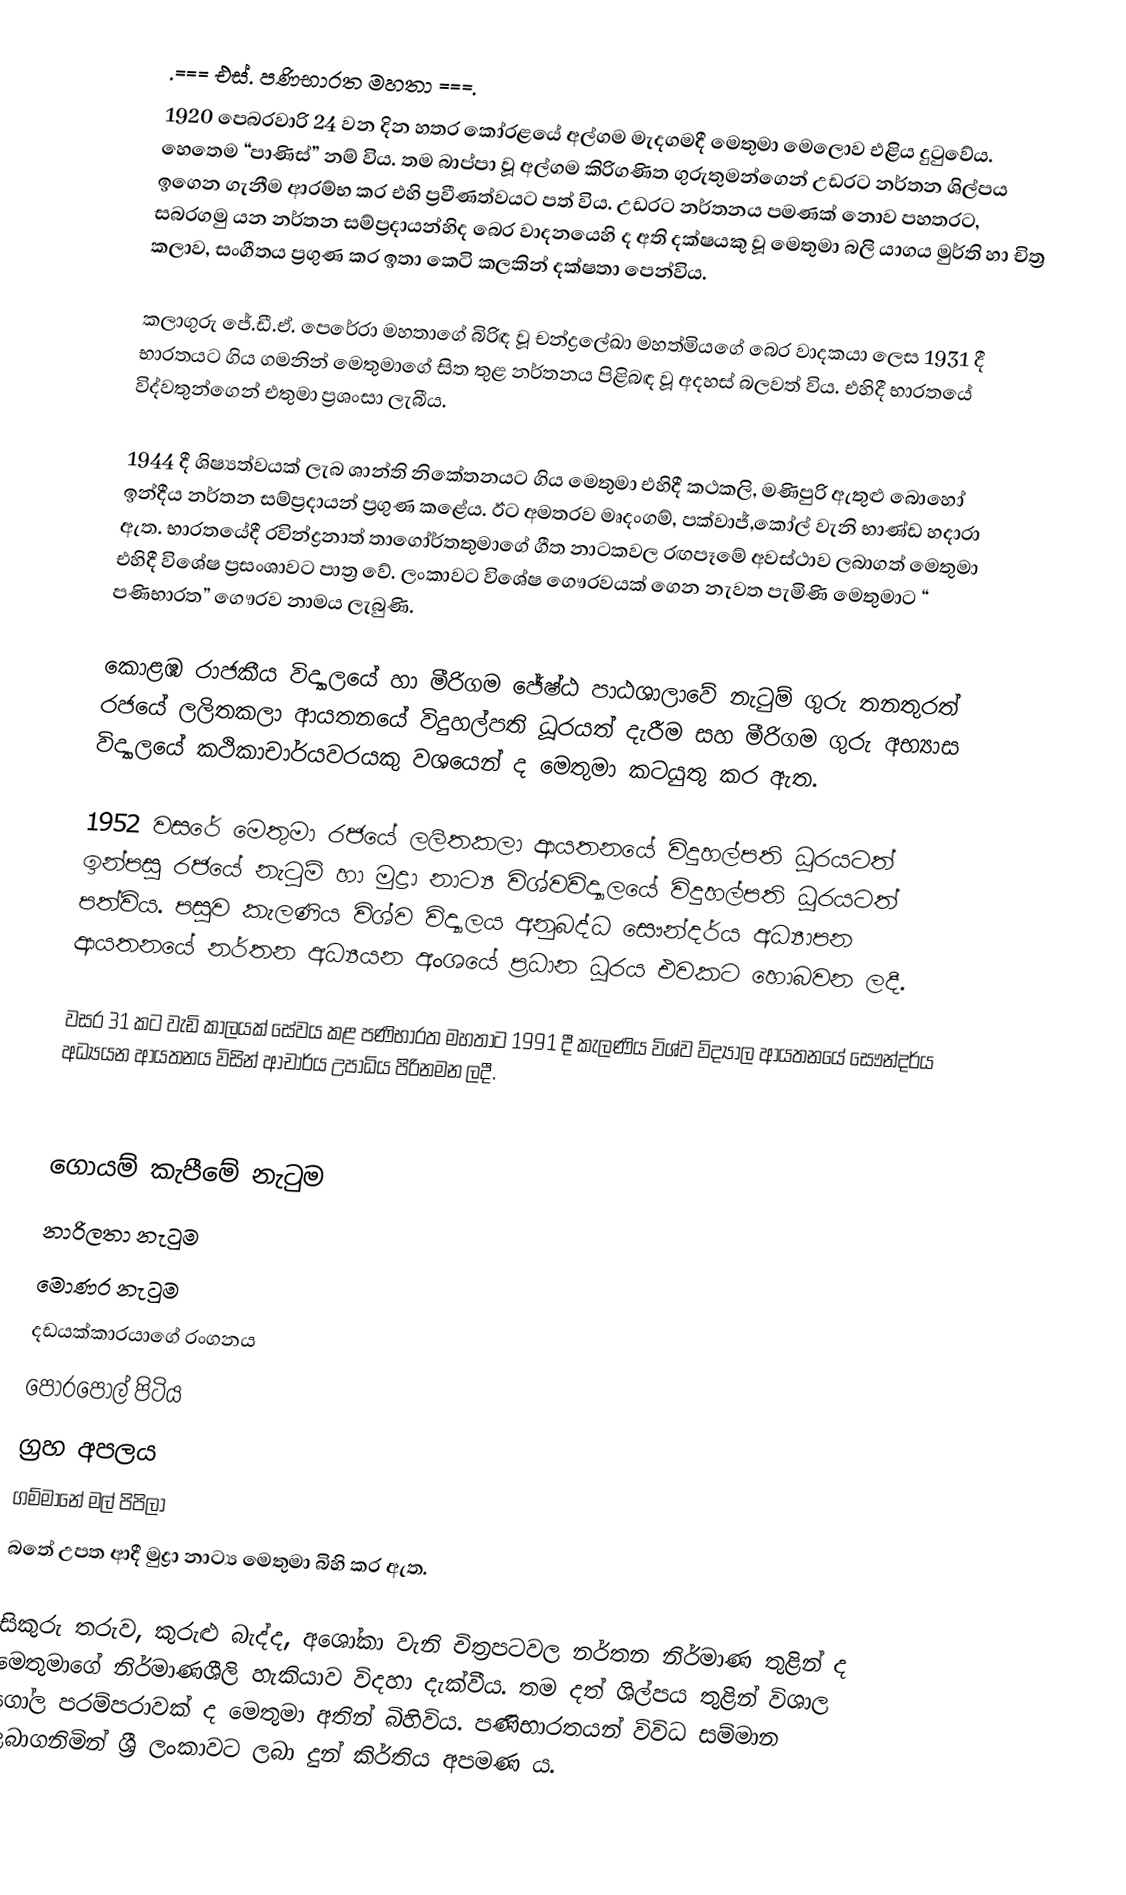
.=== එස්. පණිභාරත මහතා ===.
1920 පෙබරවාරි 24 වන දින හතර කෝරළයේ අල්ගම මැදගමදී මෙතුමා මෙලොව එළිය දුටුවේය. හෙතෙම “පාණිස්” නම් විය. තම බාප්පා වූ අල්ගම කිරිගණිත ගුරුතුමන්ගෙන් උඩරට නර්තන ශිල්පය ඉගෙන ගැනීම ආරම්භ කර එහි ප්‍රවීණත්වයට පත් විය. උඩරට නර්තනය පමණක් නොව පහතරට, සබරගමු යන නර්තන සම්ප්‍රදායන්හිද බෙර වාදනයෙහි ද අති දක්ෂයකු වූ මෙතුමා බලි යාගය මුර්ති හා චිත්‍ර කලාව, සංගීතය ප්‍රගුණ කර ඉතා කෙටි කලකින් දක්ෂතා පෙන්විය.

කලාගුරු ජේ.ඩී.ඒ. පෙරේරා මහතාගේ බිරිඳ වූ චන්ද්‍රලේඛා මහත්මියගේ බෙර වාදකයා ලෙස 1931 දී භාරතයට ගිය ගමනින් මෙතුමාගේ සිත තුළ නර්තනය පිළිබඳ වූ අදහස් බලවත් විය. එහිදී භාරතයේ විද්වතුන්ගෙන් එතුමා ප්‍රශංසා ලැබීය.

1944 දී ශිෂ්‍යත්වයක් ලැබ ශාන්ති නිකේතනයට ගිය මෙතුමා එහිදී කථකලි, මණිපුරි ඇතුළු බොහෝ ඉන්දීය නර්තන සම්ප්‍රදායන් ප්‍රගුණ කළේය. ඊට අමතරව මෘදංගම්, පක්වාජ්,කෝල් වැනි භාණ්ඩ හදාරා ඇත. භාරතයේදී රවින්ද්‍රනාත් තාගෝර්තතුමාගේ ගීත නාටකවල රඟපෑමේ අවස්ථාව ලබාගත් මෙතුමා එහිදී විශේෂ ප්‍රසංශාවට පාත්‍ර වේ. ලංකාවට විශේෂ ගෞරවයක් ගෙන නැවත පැමිණි මෙතුමාට “ පණිභාරත” ගෞරව නාමය ලැබුණි.

කොළඹ රාජකීය විද්‍යාලයේ හා මීරිගම ජේෂ්ඨ පාඨශාලාවේ නැටුම් ගුරු තනතුරත් රජයේ ලලිතකලා ආයතනයේ විදුහල්පති ධූරයත් දැරීම සහ මීරිගම ගුරු අභ්‍යාස විද්‍යාලයේ කථිකාචාර්යවරයකු වශයෙන් ද මෙතුමා කටයුතු කර ඇත.

1952 වසරේ මෙතුමා රජයේ ලලිතකලා ආයතනයේ විදුහල්පති ධූරයටත් ඉන්පසු රජයේ නැටුම් හා මුද්‍රා නාට්‍ය විශ්වවිද්‍යාලයේ විදුහල්පති ධූරයටත් පත්විය. පසුව කැලණිය විශ්ව විද්‍යාලය අනුබද්ධ සෞන්දර්ය අධ්‍යාපන ආයතනයේ නර්තන අධ්‍යයන අංශයේ ප්‍රධාන ධූරය එවකට හොබවන ලදී.

වසර 31 කට වැඩි කාලයක් සේවය කළ පණිභාරත මහතාට 1991 දී කැලණිය විශ්ව විද්‍යාල ආයතනයේ සෞන්දර්ය අධ්‍යයන ආයතනය විසින් ආචාර්ය උපාධිය පිරිනමන ලදී.

   

 ගොයම් කැපීමේ නැටුම
 නාරිලතා නැටුම
 මොණර නැටුම
 දඩයක්කාරයාගේ රංගනය
 පොරපොල් පිටිය
 ග්‍රහ අපලය
 ගම්මානේ මල් පිපිලා
 බතේ උපත                                  ආදී මුද්‍රා නාට්‍ය මෙතුමා බිහි කර ඇත.

සිකුරු තරුව, කුරුළු බැද්ද, අශෝකා වැනි චිත්‍රපටවල නර්තන නිර්මාණ තුළින් ද මෙතුමාගේ නිර්මාණශීලි හැකියාව විදහා දැක්වීය. තම දත් ශිල්පය තුළින් විශාල ගෝල පරම්පරාවක් ද මෙතුමා අතින් බිහිවිය. පණිභාරතයන් විවිධ සම්මාන ලබාගනිමින් ශ්‍රී ලංකාවට ලබා දුන් කිර්තිය අපමණ ය.